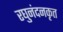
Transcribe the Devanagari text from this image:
रघुनंदनकृत